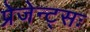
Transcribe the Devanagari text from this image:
प्रेजेन्ट्सः